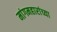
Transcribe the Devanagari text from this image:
मांगमहारांच्या